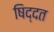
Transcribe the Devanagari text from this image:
षिद्दत